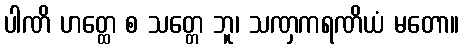
ပါဏိ ဟတ္ထေ စ သတ္တေ ဘူ၊ သဏှကရဏိယံ မတော။